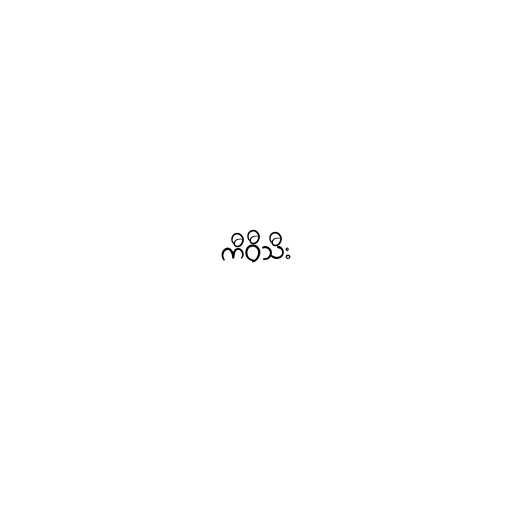
ကီဝီသီး